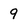
Character: 9